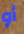
أو